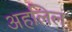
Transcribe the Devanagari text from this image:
अहलिल